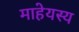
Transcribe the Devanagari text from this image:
माहेयस्य